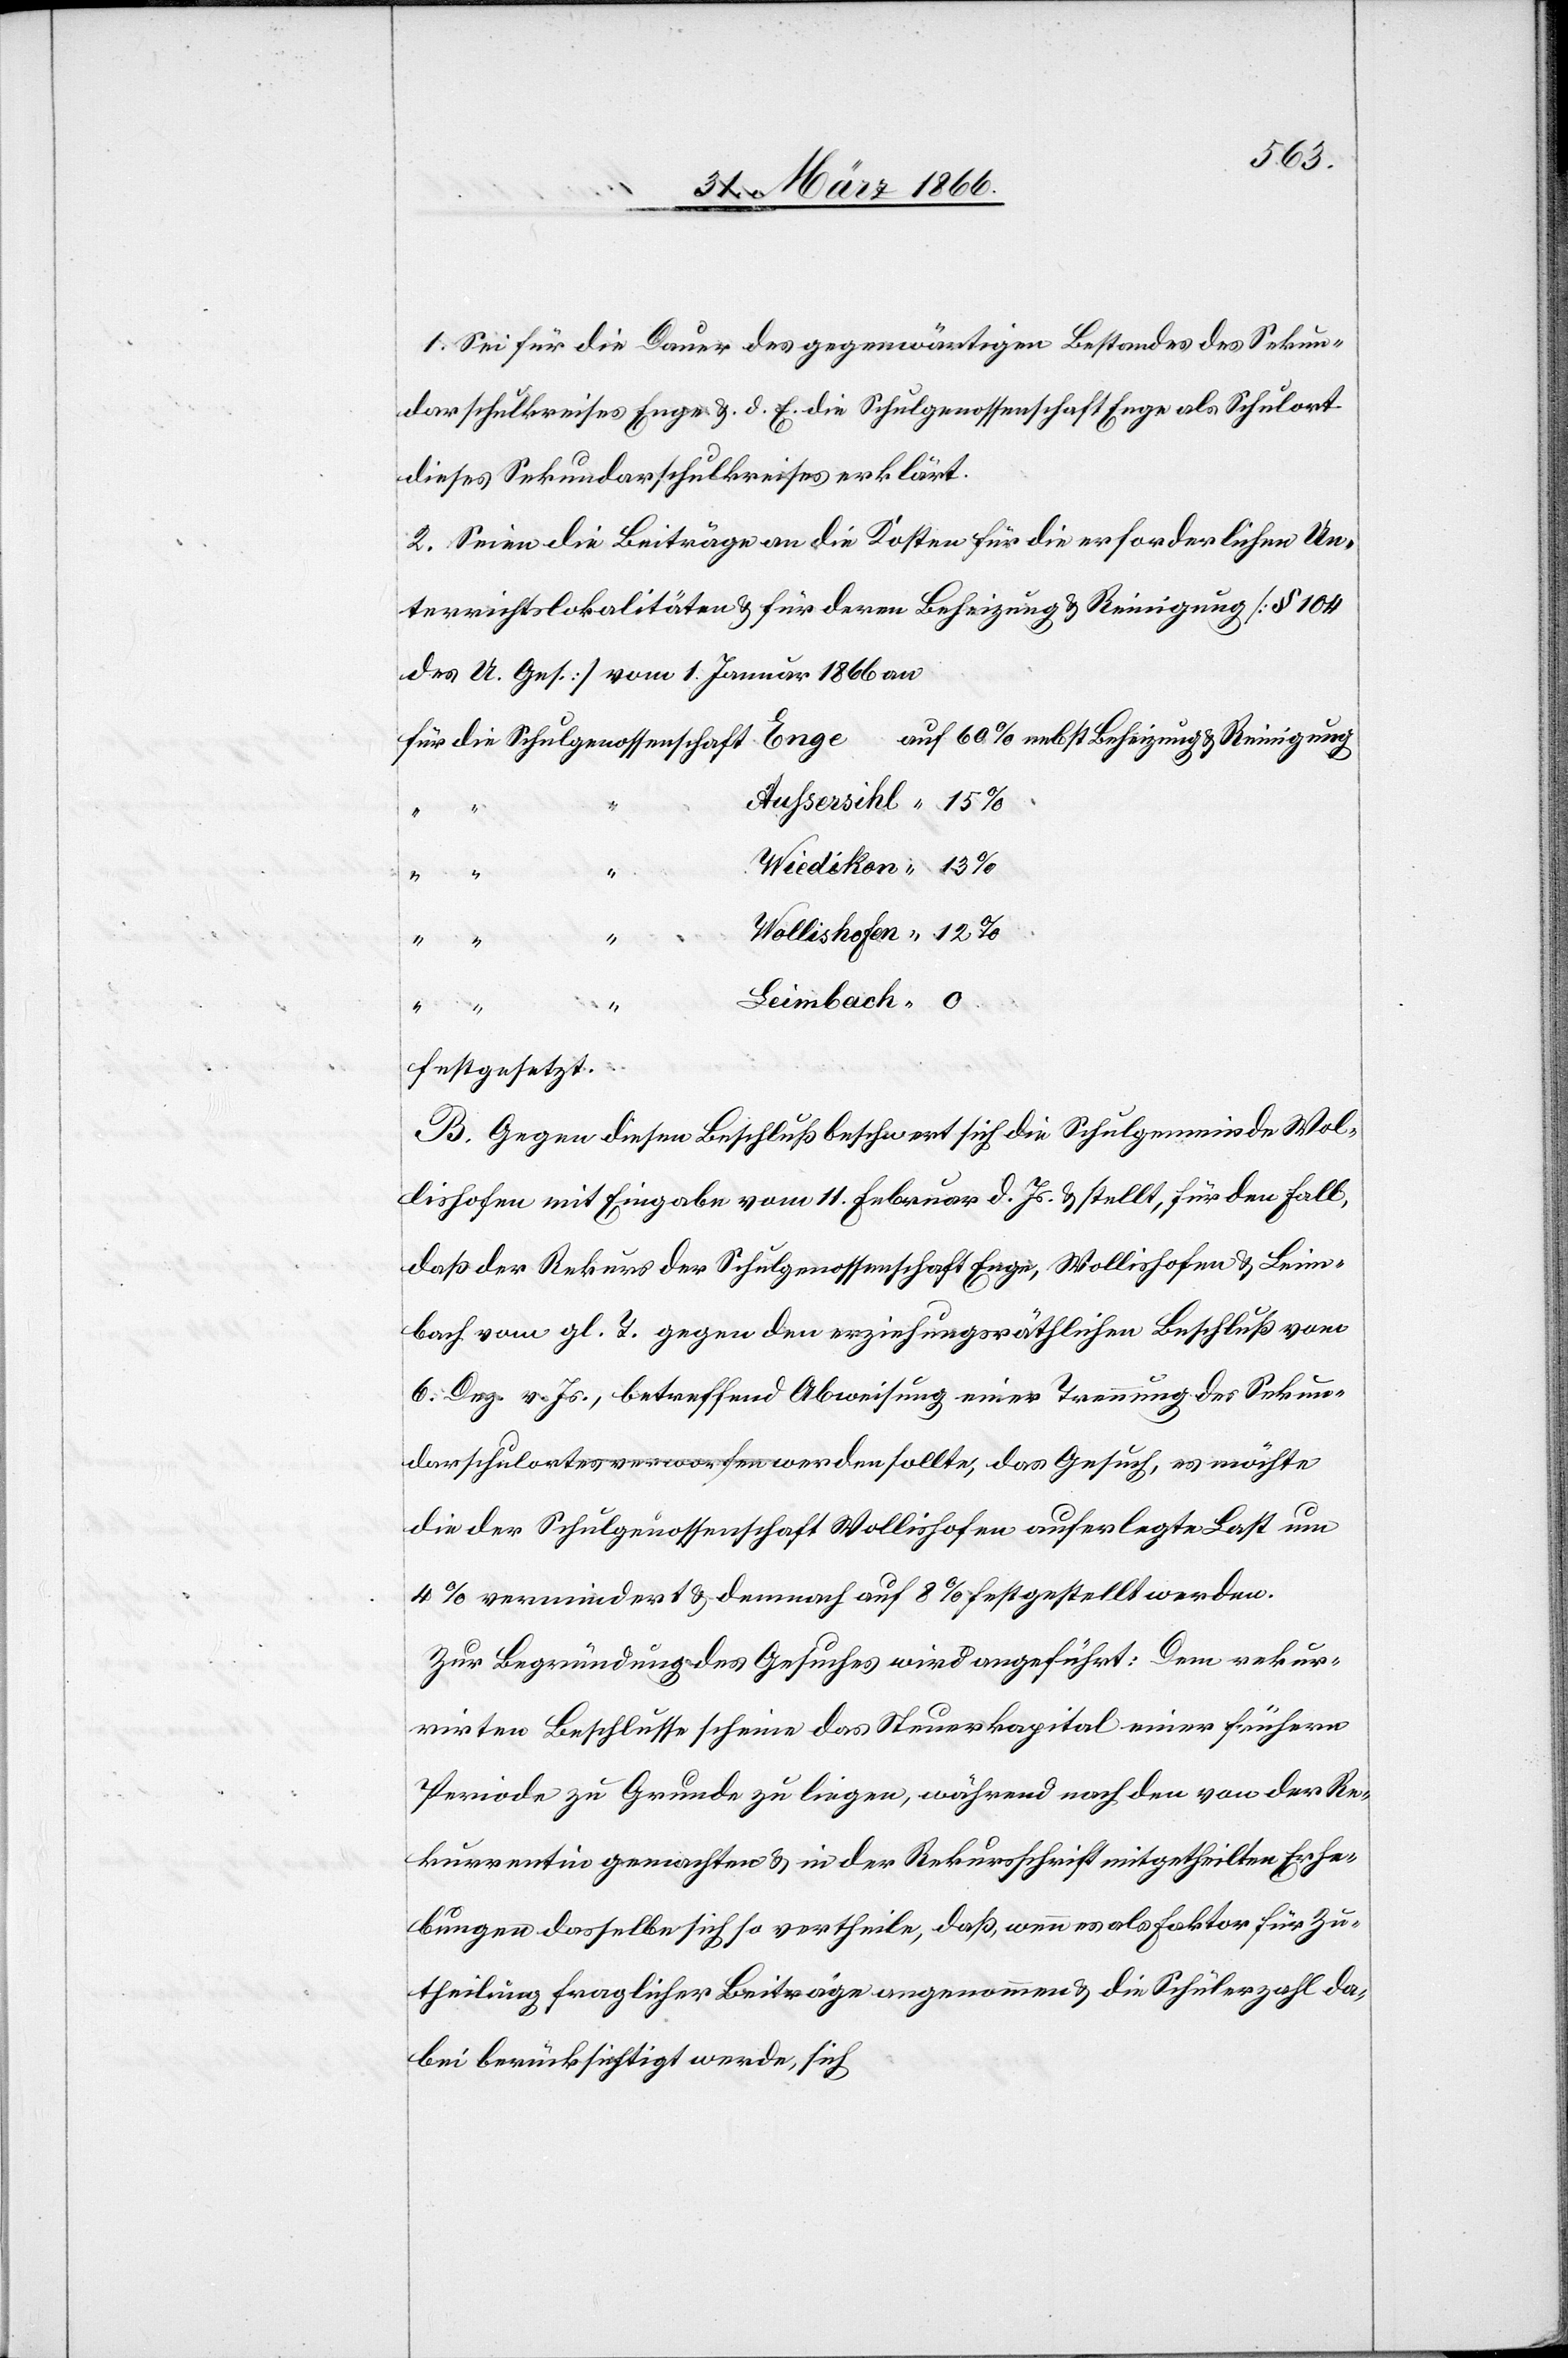
1. Sei für die Dauer des gegenwärtigen Bestandes des Sekun¬
darschulkreises Enge u. d. E. die Schulgenossenschaft Enge als Schulort
dieses Sekundarschulkreises erklärt.
2. Seien die Beiträge an die Kosten für die erforderlichen Un¬
terrichtslokalitäten u. für deren Beheizung u. Reinigung [§ 104
des A. Ges.] vom 1 Januar 1866 an
15
Leimbach
festgesetzt.
B. Gegen diesen Beschluß beschwert sich die Schulgemeinde Wol¬
lishofen mit Eingabe vom 11. Februar d. Js. u. stellt, für den Fall,
daß der Rekurs der Schulgenossenschaft Enge, Wollishofen u. Leim¬
bach vom gl. T. gegen den erziehungsräthlichen Beschluß vom
6. Dez. v. Js., betreffend Abweisung einer Trennung des Sekun¬
darschulortes verworfen werden sollte, das Gesuch, es möchte
die der Schulgenossenschaft Wollishofen auferlegte Last um
4 % vermindert u. demnach auf 8 % festgestellt werden.
Zur Begründung des Gesuches wird angeführt: Dem rekur¬
rirten Beschlusse scheine das Steuerkapital einer frühern
Periode zu Grund zu liegen, während nach den von der Re¬
kurrentin gemachten u. in der Rekursschrift mitgetheilten Erhe¬
bungen dasselbe sich so vertheile, daß, wenn es als Faktor für Zu¬
theilung fraglicher Beiträge angenommen u. die Schülerzahl da¬
bei berücksichtigt werde, sich